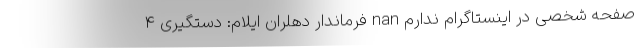
صفحه شخصی در اینستاگرام ندارم nan فرماندار دهلران ایلام: دستگیری 4